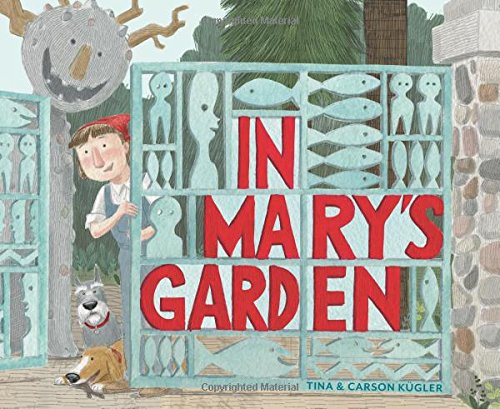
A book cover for In Mary's Garden; Tina Kugler; Children's Books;